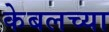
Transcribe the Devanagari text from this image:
केबलच्या